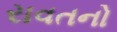
રાવતનો